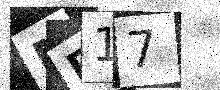
Text: MP17